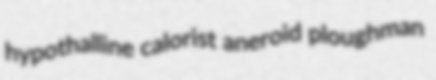
hypothalline calorist aneroid ploughman